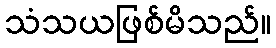
သံသယဖြစ်မိသည်။